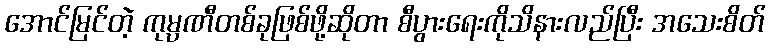
အောင်မြင်တဲ့ ကုမ္ပဏီတစ်ခုဖြစ်ဖို့ဆိုတာ စီပွားရေးကိုသိနားလည်ပြီး အသေးစိတ်